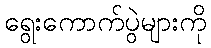
ရွေးကောက်ပွဲများကို